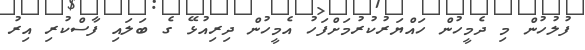
ފުލުހުން މި ދެމީހުން ހައްޔަރުކުރުމަށްފަހު އެމީހުން ދިރިއުޅޭ ގެ ބަލައި ފާސްކުރި އިރު